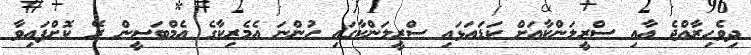
ދިވެހިރާއްޖެ އާއި ސްރީލަންކާއަށް ކަޑައަޅައި ސްރީލަންކާގައި ހުންނަ އެމެރިކާގެ އެމްބަސީން ރޭ ކޮށްފައިވާ